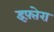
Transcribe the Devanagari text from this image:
इफ़्तेरा